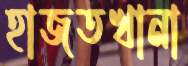
হাজতখানা